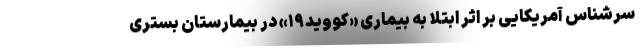
سرشناس آمریکایی بر اثر ابتلا به بیماری «کووید۱۹» در بیمارستان بستری